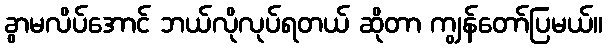
ခွာမလိပ်အောင် ဘယ်လိုလုပ်ရတယ် ဆိုတာ ကျွန်တော်ပြမယ်။